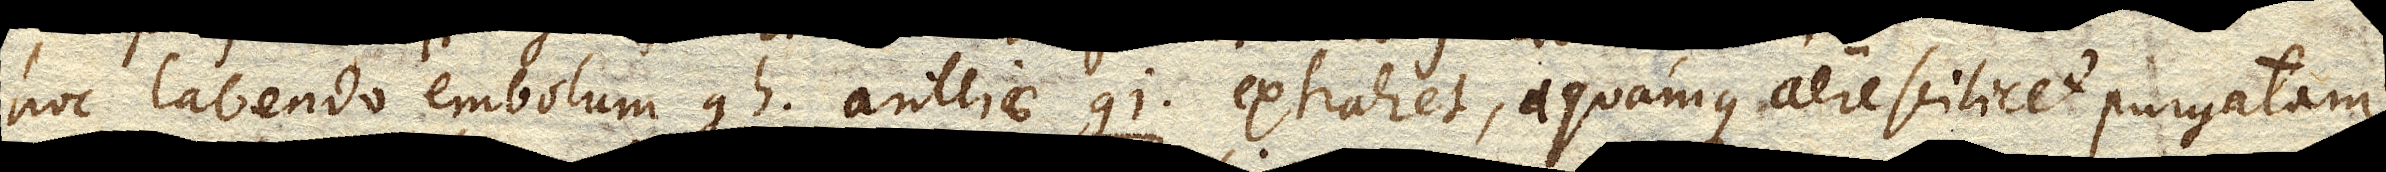
hoc labendo embolum gh. antliae gi. extrahet, aquamque aere scilicet purgatam